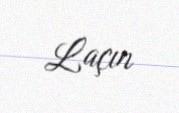
Laçın